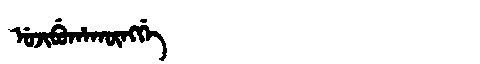
Manchu: ᡠᠵᡳᠪᡠᡥᠠᡴᡡᠩᡤᡝ
Romanization: UJIBUHAKŪNGGE